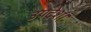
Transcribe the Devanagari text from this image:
उपदेश।